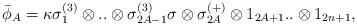
LaTeX: \begin{align*}\bar\phi_A = \kappa \sigma_1^{(3)} \otimes..\otimes \sigma^{(3)}_{2A-1} \sigma \otimes \sigma^{(+)}_{2A}\otimes1_{2A+1}..\otimes 1_{2n+1} ,\end{align*}